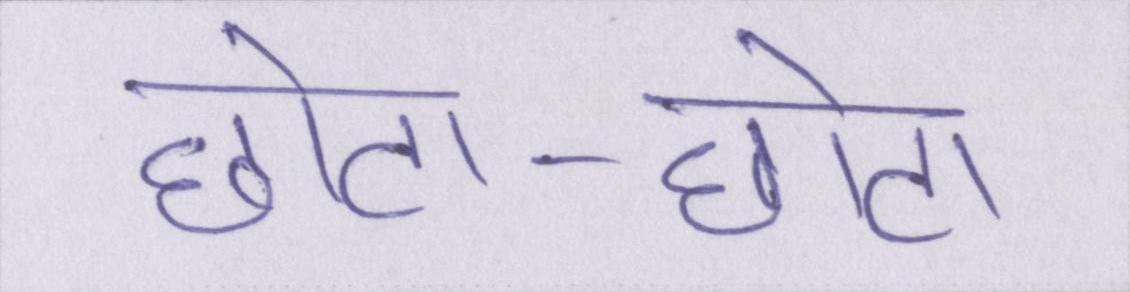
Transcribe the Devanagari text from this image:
छोटा-छोटा